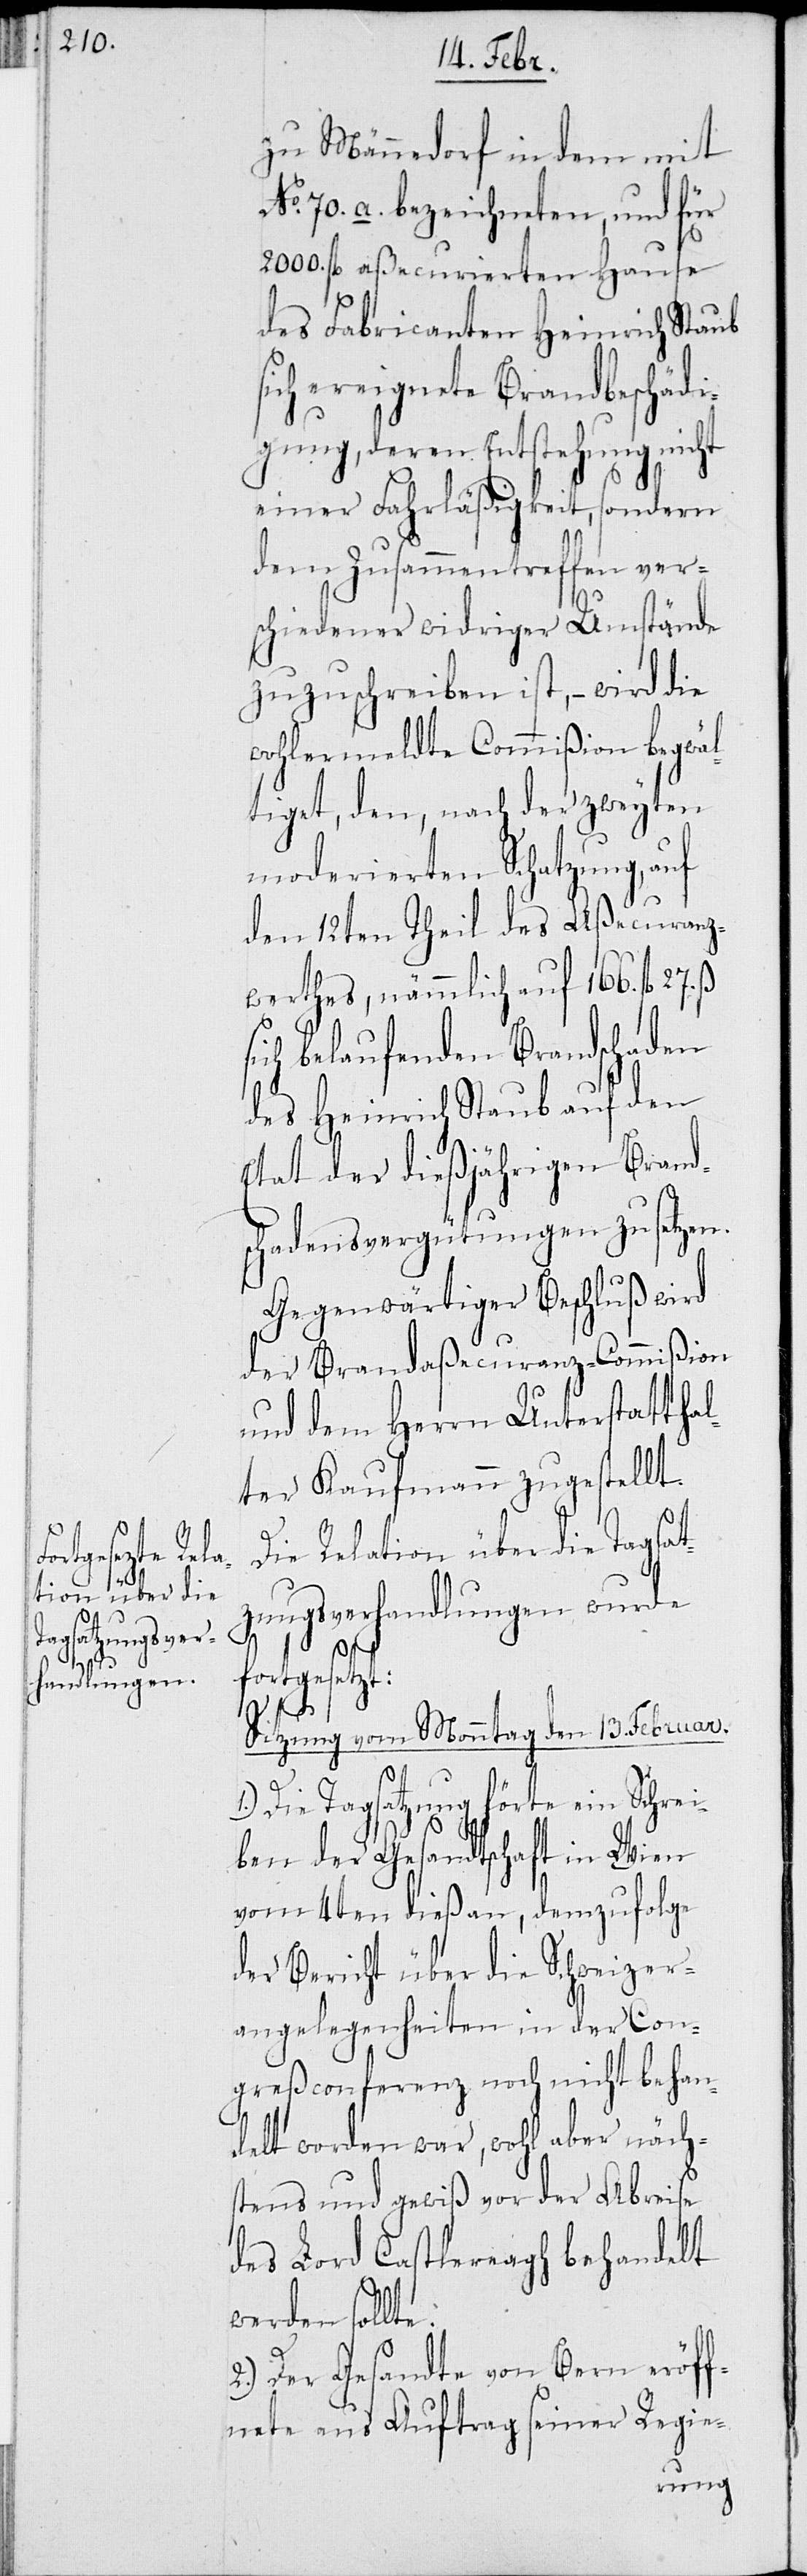
27.

zu Männedorf in dem mit
No. 70. a. bezeichneten, und für
2000. fl. aßecurierten Hause
des Fabricanten Heinrich Staub
sich ereignete Brandbeschädi¬
gung, deren Entstehung nicht
einer Fahrläßigkeit, sondern
dem Zusammentreffen ver¬
schiedener widriger Umstände
zuzuschreiben ist, – wird die
wohlermeldte Commißion begwäl¬
tiget, den, nach der zweiten
moderierten Schatzung, auf
den 12ten Theil des Aßecuranz-W¬
erthes, nämmlich auf 166. fl.
sich belaufenden Brandschaden
des Heinrich Staub auf den
Etat der dießjährigen Brand¬
schadensvergütungen zu setzen.
Gegenwärtiger Beschluß wird
der Brandaßecuranz-Commißion
und dem Herrn Unterstattha¬
lter Kaufmann zugestellt.
Die Relation über die Tagsat¬
zungsverhandlungen wurde
fortgesetzt:
Sitzung vom Monntag den 13. Februar.
1.) Die Tagsatzung hörte ein Schrei¬
ben der Gesandtschaft in Wien
vom 4ten dieß an, demzufolge
der Bericht über die Schweizer¬
angelegenheiten in der Con¬
greßconferenz noch nicht behan¬
delt worden war, wohl aber näch¬
stens und gewiß aber vor der Abreise
des Lord Castlereagh behandelt
werden sollte.
2.) Der Gesandte von Bern eröff¬
nete aus Auftrag seiner Regie-